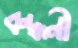
বন্ধনী